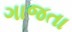
ગાજતા